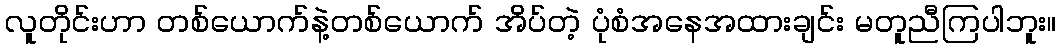
လူတိုင်းဟာ တစ်ယောက်နဲ့တစ်ယောက် အိပ်တဲ့ ပုံစံအနေအထားချင်း မတူညီကြပါဘူး။